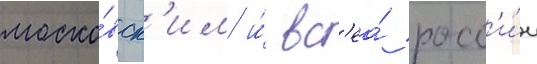
моско́вск'им и́ вс'еа́ росс'и́и